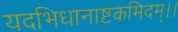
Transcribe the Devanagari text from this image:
यदभिधानाष्टकमिदम्।।